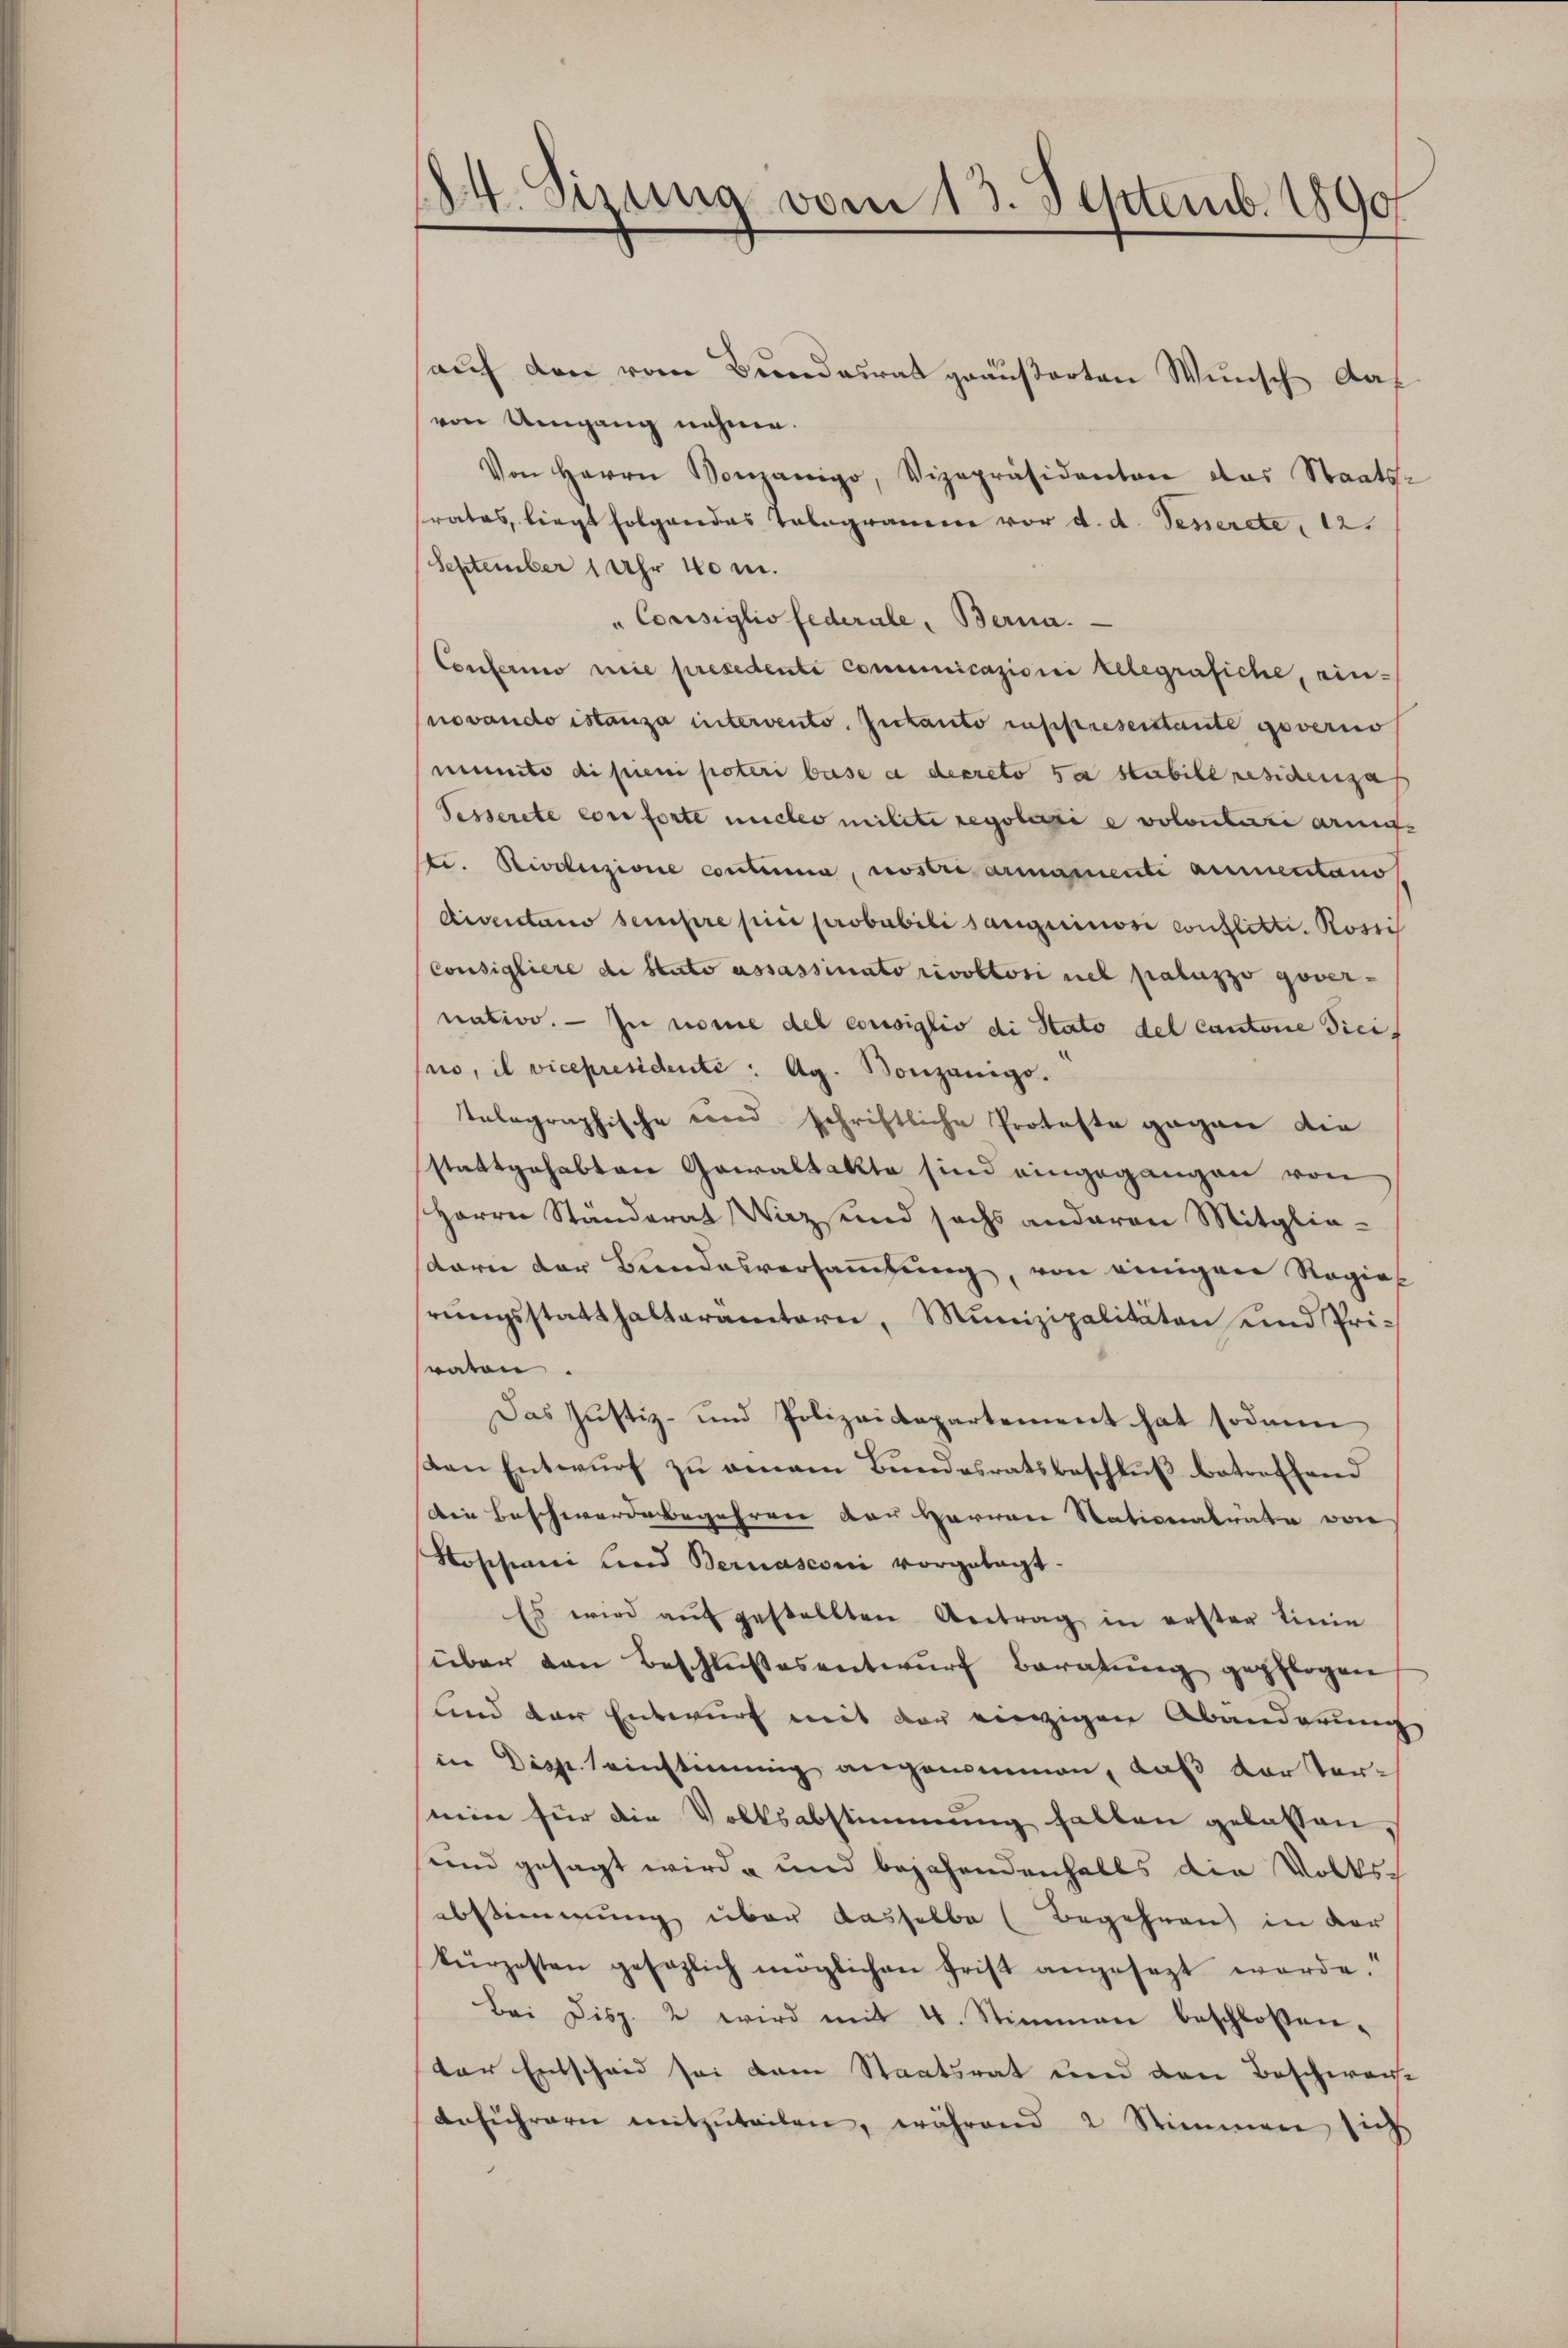
14. Sizung vom 13. Septemb. 1890

aŭf den vom Bundesrat geäußerten Wunsch daf
von Umgang nehme.
Von Herrn Vorganigo, Vizepräsidenten das Staats-
srates, liegt folgendes Telegramm vor d. d. Jenerete, 12.
September 1 Uhr 40 m.
"Consiglio federale, Berna.
Conferio nie presedenti communicazioni telegrafiche, einnovando istanza intervento. Zutanto inspreserstante geverno
nunito di pieni poteri base a decreto 5x stabile residenga
Fesserete con forte micher milite regolasie volontarsi armess
ste. Rivoluzione contima, nostre armamente aumentano
Aiventano sempre piii probabili sanguinos conflitte. Rossi
Consigliere de stato assassinato rivoktori nel paluzzo gover-
nation. — In nome del consiglio di Stato del Cantone dicino, il vicepresidente: Ag. Bonzänigs.
telegraphische und schriftliche Proteste gegen die
stattgehabten Gewaltakte sind eingegangen von
Herrn Ständerat Waz und sechs anderen Mitgliedorn der Bundesversammlung, von einigen Regie
rungsstatthalteramtern, Munizipalitäten und Prisraten.
Das Justiz- und Polizeidepartement hat sodann
on Entwurf zu einem Bundesratsbeschluß betreffend
Die Beschwerdebegehren der Herren Nationalräte von
Koschani und Bernasconi vorgetagt.
Es wird aŭf gestellten Antrag in erster Linie
über den Beschlußesentwurf Baratung gepflogen
lind der Entwurf mit der einzigen Abänderung
in Disp. seinstimmig angenommen, daß der Vormin für die Volksabstimmung hatten gelassen,
und gesagt wird und bejahendenfalls die Volks-
abstimmung über dasselbe (Begehren in der
kürzesten gesezlich möglichen Frist angesezt werde.“
Bei Disp. 2 wird mit 4. Stimmen beschloßen,
der Entscheid sei dem Staatsrat und den Beschwache
Anführern mitzŭteilen, während 2 Stimmen sich